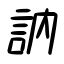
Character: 訥